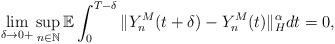
LaTeX: \begin{align*}\lim_{\delta\rightarrow 0+} \sup_{n\in\mathbb{N}} \mathbb{E} \int_0^{T-\delta} \Vert Y_n^M (t+\delta) - Y_n^M (t) \Vert_{H}^{\alpha} dt = 0,\end{align*}